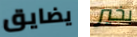
يضايق بخير